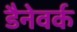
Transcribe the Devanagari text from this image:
डैनेवर्क